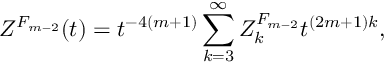
{ \cal Z } ^ { F _ { m - 2 } } ( t ) = t ^ { - 4 ( m + 1 ) } \sum _ { k = 3 } ^ { \infty } { Z } _ { k } ^ { F _ { m - 2 } } t ^ { ( 2 m + 1 ) k } ,